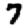
Digit: 7